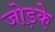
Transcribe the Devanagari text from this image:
जोड़के